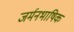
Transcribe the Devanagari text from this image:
जर्मनभाषिक